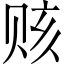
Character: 赅